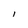
Character: l